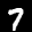
Label: 7